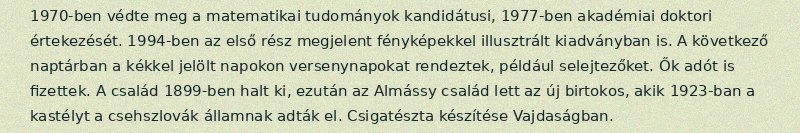
1970-ben védte meg a matematikai tudományok kandidátusi, 1977-ben akadémiai doktori értekezését. 1994-ben az első rész megjelent fényképekkel illusztrált kiadványban is. A következő naptárban a kékkel jelölt napokon versenynapokat rendeztek, például selejtezőket. Ők adót is fizettek. A család 1899-ben halt ki, ezután az Almássy család lett az új birtokos, akik 1923-ban a kastélyt a csehszlovák államnak adták el. Csigatészta készítése Vajdaságban.